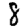
Digit: 8